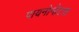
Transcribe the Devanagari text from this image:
पायनोनोटस